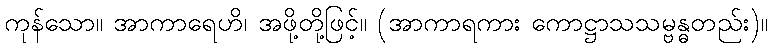
ကုန်သော။ အာကာရေဟိ၊ အဖို့တို့ဖြင့်။ (အာကာရကား ကောဋ္ဌာသသမ္ဗန္ဓတည်း)။